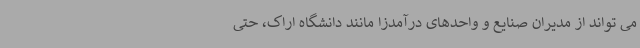
می تواند از مدیران صنایع و واحدهای درآمدزا مانند دانشگاه اراک، حتی